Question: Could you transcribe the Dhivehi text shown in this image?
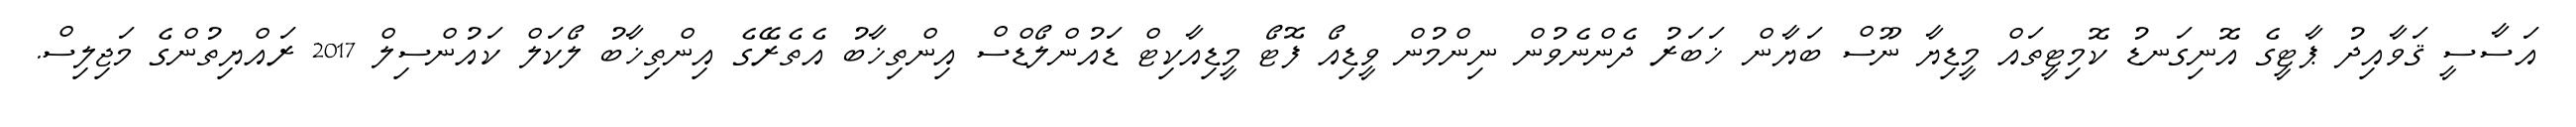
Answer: އަސާސީ ޤަވާއިދު ޕާޓީގެ އޮނިގަނޑު ކޮމިޓީތައް މީޑިޔާ ނޫސް ބަޔާން ޚަބަރު ދެންނެވުން ނިންމުން ވީޑިއޯ ފޮޓޯ މީޑިއާކިޓް ޑައުންލޯޑްސް އިންތިޚާބު އެތެރޭގެ އިންތިޚާބު ލޯކަލް ކައުންސިލް 2017 ރައްޔިތުންގެ މަޖިލިސް.